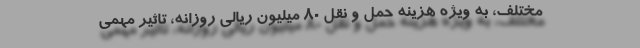
مختلف، به ویژه هزینه حمل و نقل ۸۰ میلیون ریالی روزانه، تاثیر مهمی